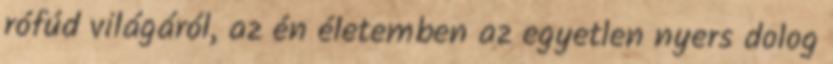
rófúd világáról, az én életemben az egyetlen nyers dolog